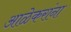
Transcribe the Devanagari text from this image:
आळेकरांना